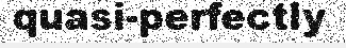
quasi-perfectly